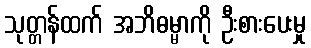
သုတ္တန်ထက် အဘိဓမ္မာကို ဦးစားပေးမှု